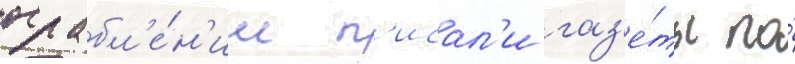
ограбл'е́н'ии п'исал'и газ'е́ты по́